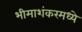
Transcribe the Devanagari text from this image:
भीमाशंकरमध्ये